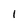
Character: l